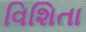
વિશિતા